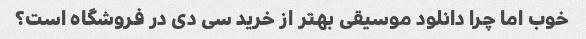
خوب اما چرا دانلود موسیقی بهتر از خرید سی دی در فروشگاه است؟